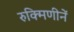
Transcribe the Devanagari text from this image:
रुक्मिणीनें